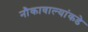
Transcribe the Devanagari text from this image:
नौकावाल्यांकडे